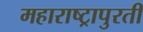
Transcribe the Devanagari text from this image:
महाराष्ट्रापुरती